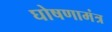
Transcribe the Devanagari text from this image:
घोषणामंत्र